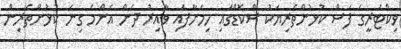
ވިކްޓަރީގެެ ފަސް ކުޅުންތެރިޔަކު ސްކޮޑްގައި ހިމަނާފައި ވާއިރު ދެން އެންމެ ގިނަ ކުޅުންތެރިން